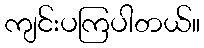
ကျင်းပကြပါတယ်။